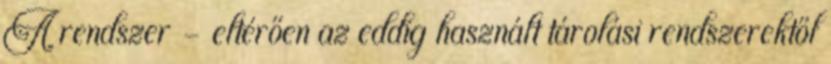
A rendszer - eltérően az eddig használt tárolási rendszerektől